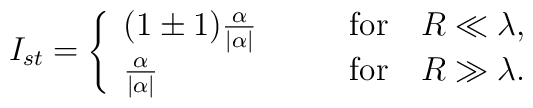
I_{st} = \left\{ \begin{array}{ll} (1 \pm 1) \frac{\alpha}{|\alpha|} \qquad & \mbox{for} \quad R \ll\lambda, \\ \frac{\alpha}{|\alpha|} \qquad & \mbox{for} \quad R \gg\lambda.\end{array} \right.